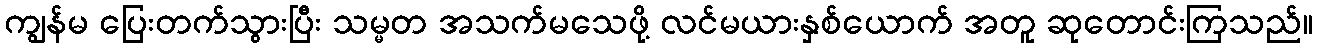
ကျွန်မ ပြေးတက်သွားပြီး သမ္မတ အသက်မသေဖို့ လင်မယားနှစ်ယောက် အတူ ဆုတောင်းကြသည်။